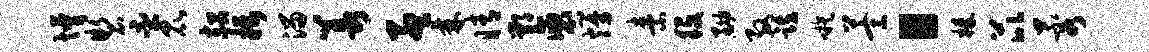
懵制丕昆赧摄溜羡孟棘睛鄂褒熳素役黝殷跌嗾萱“榛芘蓉